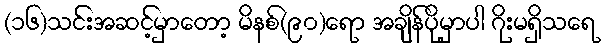
(၁၆)သင်းအဆင့်မှာတော့ မိနစ်(၉၀)ရော အချိန်ပိုမှာပါ ဂိုးမရှိသရေ